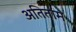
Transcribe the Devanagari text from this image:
अतिताम